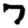
Digit: 7